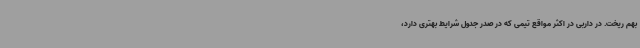
بهم ریخت. در داربی در اکثر مواقع تیمی که در صدر جدول شرایط بهتری دارد،